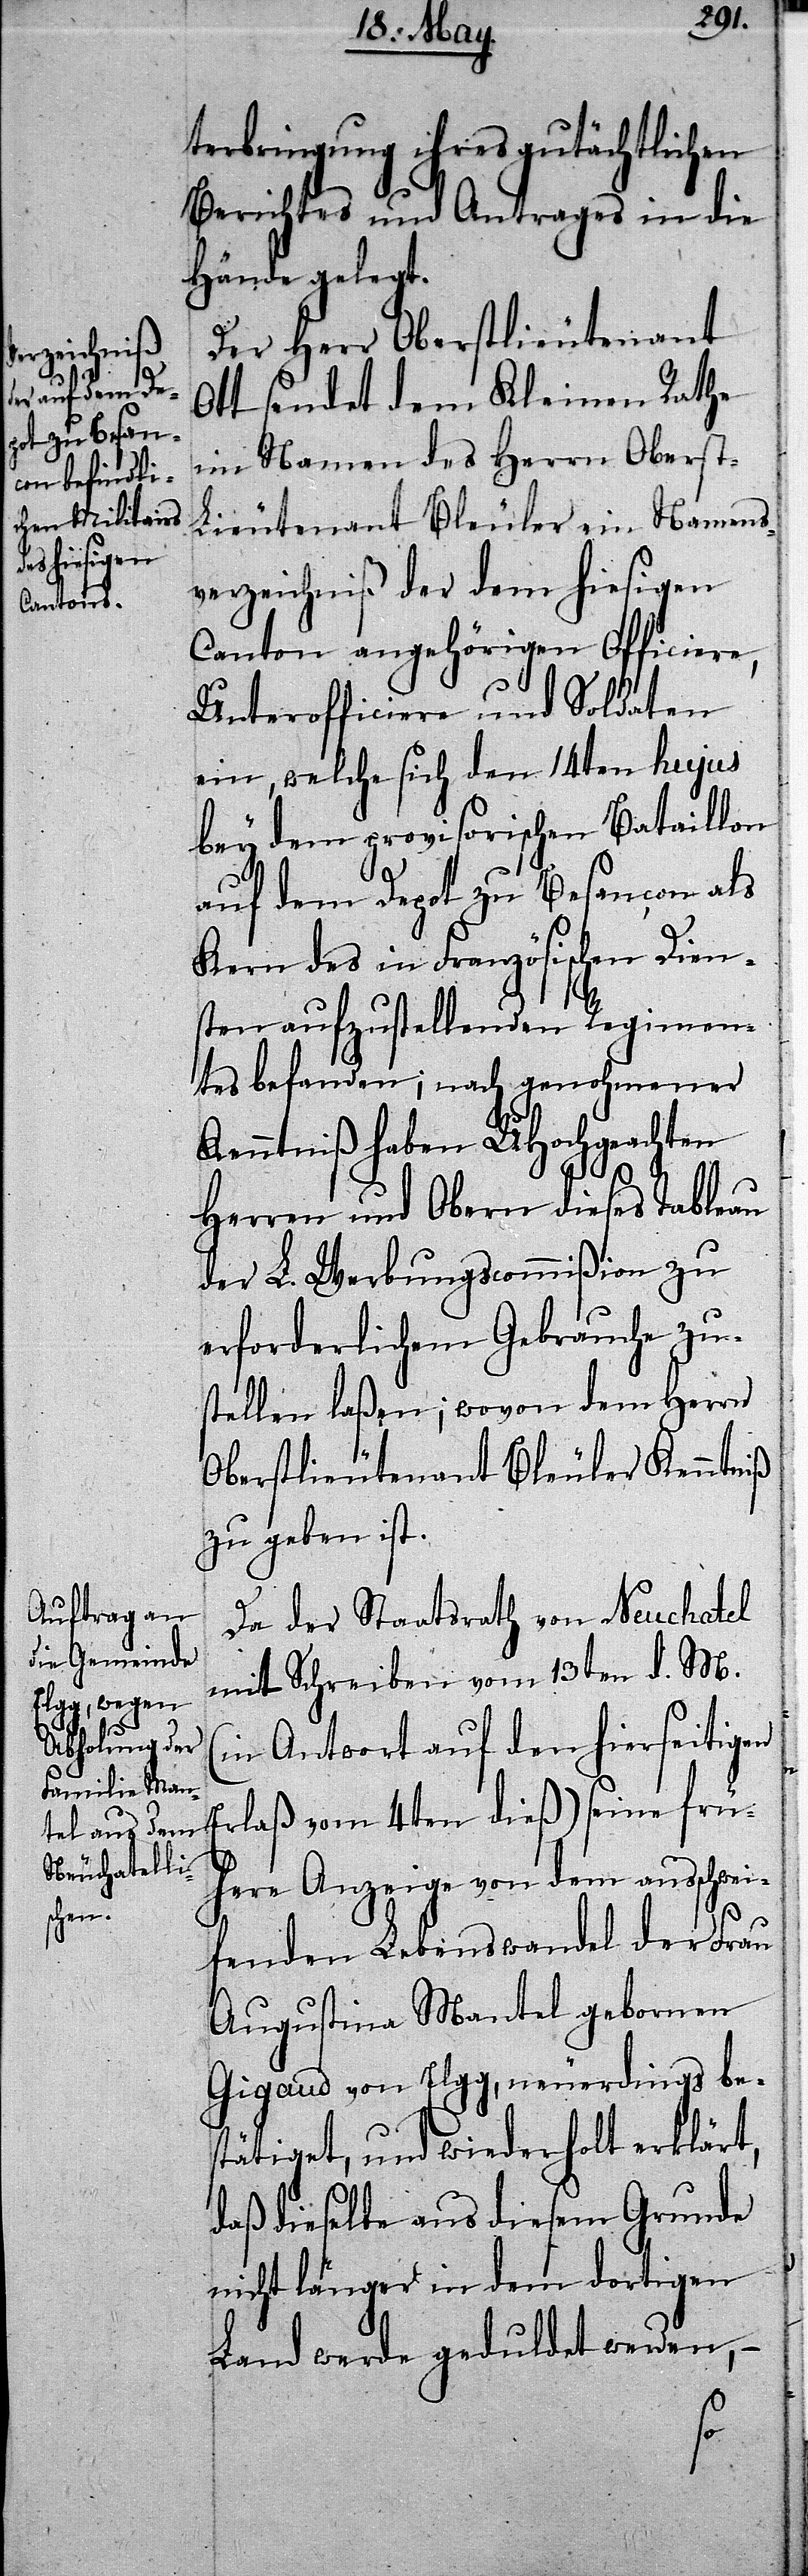
terbringung ihres gutächtlichen
Berichtes und Antrages in die
Hände gelegt.
Der Herr Oberstlieutenant
Ott sendet dem Kleinen Rathe
im Namen des Herrn Oberst-L¬
ieutenant Bleuler ein Namens¬
verzeichniß der dem hiesigen
Canton angehörigen Officiere,
Unterofficiere und Soldaten
ein, welche sich den 14ten hujus
bey dem provisorischen Bataillon
auf dem Depot zu Besancon als
Kern des in Französischen Dien¬
sten aufzustellenden Regimen¬
tes befanden; nach genohmener
Kenntniß haben UHochgeachten
Herren und Obern dieses Tableau
der L. Werbungscommißion zu
erforderlichem Gebrauche zu¬
stellen laßen; wovon dem Herrn
Oberstlieutenant Bleuler Kenntniß
zu geben ist.
Da der Staatsrath von Neuchatel
mit Schreiben vom 13ten d. M.
(in Antwort auf den hierseitigen
here Anzeige von dem ausschwei¬
frü¬
fenden Lebenswandel der Frau
Augustina Mantel gebornen
Gigaud von Elgg, neuerdings be¬
stätiget, und wiederholt erklärt,
daß dieselbe aus diesem Grunde
nicht länger in dem dortigen
Land werde geduldet werden, –